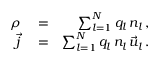
\begin{array} { r l r } { \rho } & { { } = } & { \sum _ { l = 1 } ^ { N } q _ { l } \, n _ { l } \, , } \\ { \vec { j } } & { { } = } & { \sum _ { l = 1 } ^ { N } q _ { l } \, n _ { l } \, \vec { u } _ { l } \, . } \end{array}